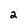
Character: 2